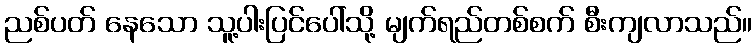
ညစ်ပတ် နေသော သူ့ပါးပြင်ပေါ်သို့ မျက်ရည်တစ်စက် စီးကျလာသည်။